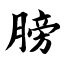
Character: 膀